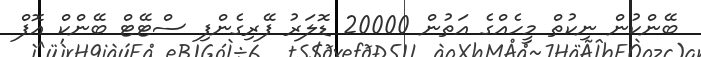
ބޭންކުން ނިކުތް މީހެއްގެ އަތުން 20000 ޑޮލަރު ފޭރިގެންފި ސްޓޭޓް ބޭންކް އޮފް